Annual administration report of the Civil Veterinary Department of India - 1897-1898
Year: 1897
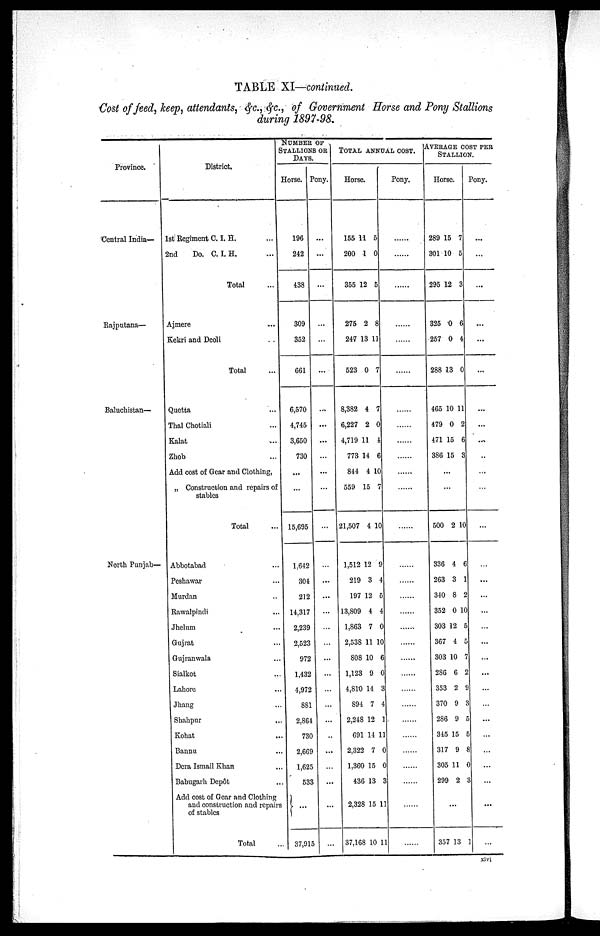
TABLE XI—continued.
Cost of feed, keep, attendants, &c., &c., of Government Horse and Pony Stallions
during 1897—98.
Province.
Central India—
Rajputana—
Baluchistan—
North Punjab—
District.
1st Regiment C. I. H. ...
2nd
Do. C. I. H. ...
Total ...
Ajmere ...
Kekri and Deoli ...
Total ...
Quetta ...
Thal Chotiali ...
Kalat ...
Zhob ...
Add cost of Gear and Clothing,
„ Construction and repairs of
stables ...
Total ...
Abbotabad ...
Peshawar ...
Murdan ...
Rawalpindi ...
Jhelum ...
Gujrat ...
Gujranwala ...
Sialkot ...
Lahore ...
Jhang ...
Shahpur
...
Kohat ...
Bannu ...
Dera Ismail Khan ...
Babugarh Depôt ...
Add cost of Gear and Clothing
and construction and repairs
of stables
Total ...
NUMBER OF
STALLIONS OR
DAYS.
Horse.
196
242
438
309
352
661
6,570
4,745
3,650
730
...
...
15,695
1,642
304
212
14,317
2,239
2,523
972
1,432
4,972
881
2,864
730
2,669
1,625
533
}...
37,915
Pony.
...
...
...
...
...
...
...
...
...
...
...
...
...
...
...
...
...
...
...
...
...
...
...
...
...
...
...
...
...
...
TOTAL ANNUAL COST.
Horse.
155
200
355
275
247
523
8,382
6,227
4,719
773
844
559
21,507
1,512
219
197
13,809
1,863
2,538
808
1,123
4,810
894
2,248
691
2,322
1,360
436
2,328
37,168
11
1
12
2
13
0
4
2
11
14
4
15
4
12
3
12
4
7
11
10
9
14
7
12
14
7
15
13
15
10
5
0
5
8
11
7
7
0
4
6
10
7
10
9
4
5
4
0
10
6
0
3
4
1
11
0
0
3
11
1
Pony.
......
......
......
......
......
......
......
......
......
......
......
......
......
......
......
......
......
......
......
......
......
......
......
......
......
......
......
......
AVERAGE COST PER
STALLION.
Horse.
289
301
295
325
257
288
465
479
471
386
500
336
263
340
352
303
367
303
286
353
370
286
345
317
305
299
...
357
15
10
12
0
0
13
10
0
15
15
...
...
2
4
3
8
0
12
4
10
6
2
9
9
15
9
11
2
13
7
5
3
6
4
0
11
2
6
3
10
6
1
2
10
5
5
7
2
9
3
5
5
8
0
3
1
Pony.
...
...
...
...
...
...
...
...
...
...
...
...
...
...
...
...
...
...
...
...
...
...
...
...
...
...
...
...
...
...
xlvi